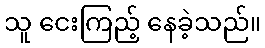
သူ ငေးကြည့် နေခဲ့သည်။